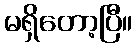
မရှိတော့ပြီ။